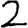
Digit: 2